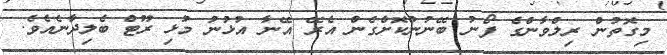
މިގޮތުން ރިލްވާންގެ ފޯނު ބޭނުންކޮށްގެން އެރޭ އޭނާ އުޅުނު މުޅި ރޫޓް ބެލިދާނެއެވެ.